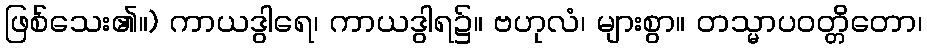
ဖြစ်သေး၏။) ကာယဒွါရေ၊ ကာယဒွါရ၌။ ဗဟုလံ၊ များစွာ။ တသ္မာပဝတ္တိတော၊